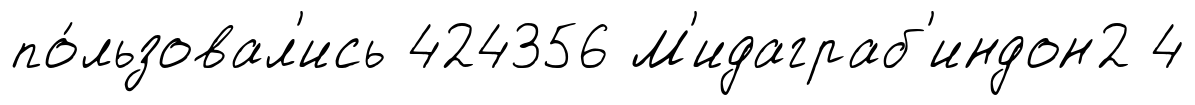
по́льзовал'ись 424356 М'идаграб'индон2 4